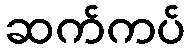
ဆက်ကပ်